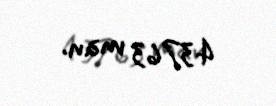
43763 man.